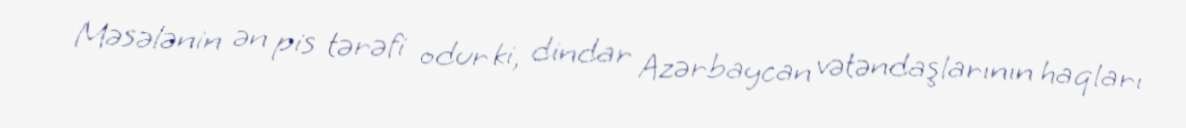
Məsələnin ən pis tərəfi odur ki, dindar Azərbaycan vətəndaşlarının haqları